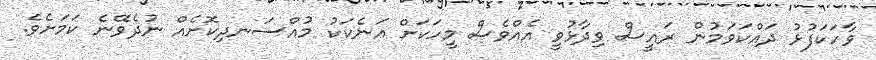
ވާހަކަފުޅު ދައްކަވަމުން ރައީސް ވިދާޅުވީ އެއްވެސް މީހަކަށް އަނެކަކު މުއްސަނދިކޮށެއް ނުދެވޭނެ ކަމަށެވެ.